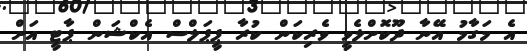
އެ މަގާމު އޭނާ ދޫކޮށްލެވީ ވެރިކަން ކުރާ ޕީޕަލްސް އެކްޝަން ޕާޓީ އަށް